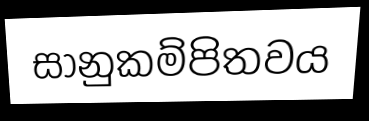
සානුකම්පිතවය